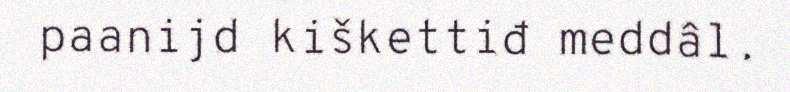
paanijd kiškettiđ meddâl.